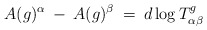
\begin{align*}A(g)^{\alpha} \: - \: A(g)^{\beta} \: = \: d \log T^g_{\alpha \beta}\end{align*}